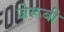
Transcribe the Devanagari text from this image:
जेरूबी